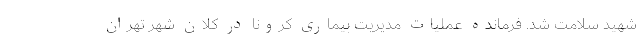
شهید سلامت شد. فرمانده عملیات مدیریت بیماری کرونا در کلان شهر تهران